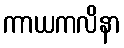
ကာယကလိနာ